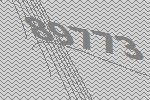
89773